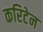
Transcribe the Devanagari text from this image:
करिटेन